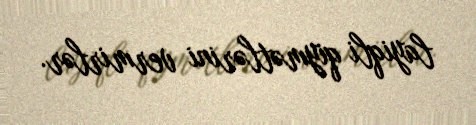
layiqli qiymətlərini vermirlər.